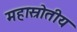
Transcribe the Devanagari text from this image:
महास्रोतीय